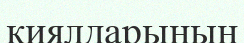
қиялдарының